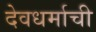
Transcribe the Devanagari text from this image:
देवधर्माची